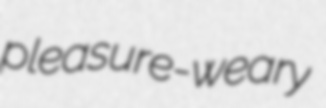
pleasure-weary